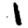
Digit: 1